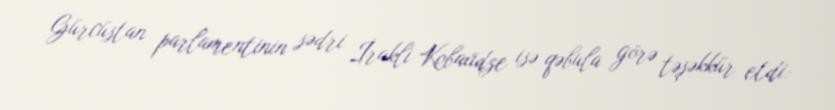
Gürcüstan parlamentinin sədri İrakli Kobaxidze isə qəbula görə təşəkkür etdi: